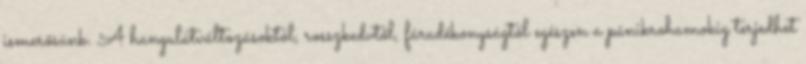
ismerősünk. A hangulatváltozásoktól, rosszkedvtől, fáradékonyságtól egészen a pánikrohamokig terjedhet